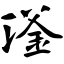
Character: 滏